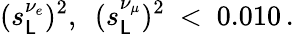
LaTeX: (s_{\mathsf{L}}^{\nu_{e}})^{2},\ \ (s_{\mathsf{L}}^{\nu_{\mu}})^{2}\ <\ 0.010\, .